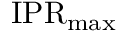
\mathrm { I P R } _ { \operatorname* { m a x } }